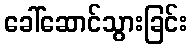
ခေါ်ဆောင်သွားခြင်း